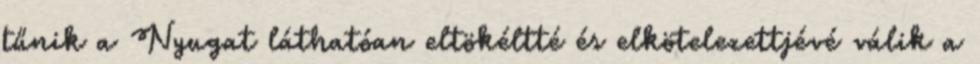
tűnik a Nyugat láthatóan eltökéltté és elkötelezettjévé válik a